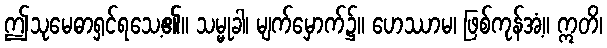
ဤသုမေဓာရှင်ရသေ့၏။ သမ္မုခါ၊ မျက်မှောက်၌။ ဟေဿာမ၊ ဖြစ်ကုန်အံ့။ ဣတိ၊